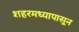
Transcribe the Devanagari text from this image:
शहरमध्यापासून